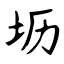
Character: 坜